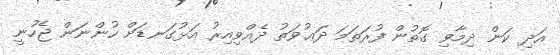
އަދި ކަން ދިމާވި ގޮތުން ފުރަތަމަ ދަޢުވަތު ދެއްވިއިރު އަޅުގަނޑަށް ހުންނަން ޖެހުނީ